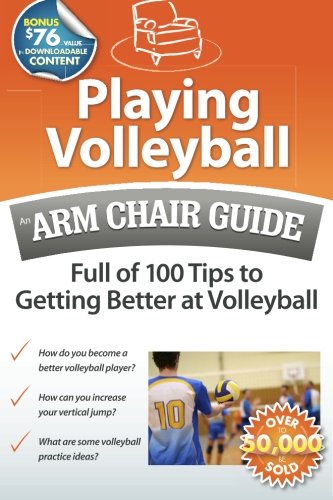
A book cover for Playing Volleyball: An Arm Chair Guide Full of 100 Tips to Getting Better at Volleyball; Arm Chair Guides; Sports & Outdoors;